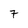
Character: 7